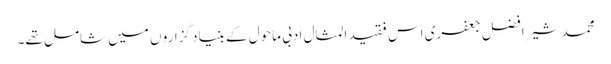
محمد شیر افضل جعفری اس فقید المثال ادبی ماحول کے بنیاد گزارو ں میں شامل تھے۔